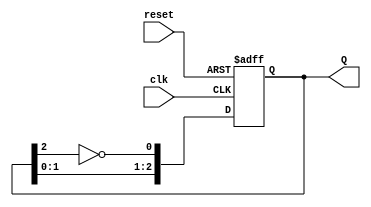
module JohnsonCounter #(parameter N = 3) (
    input wire clk,        // Clock signal
    input wire reset,      // Asynchronous reset signal
    output reg [N-1:0] Q   // Output state of the counter
);

    // Internal signal to hold the inverted output of the last flip-flop
    wire feedback;

    // Assign feedback as the inverted output of the last flip-flop
    assign feedback = ~Q[N-1];

    // Sequential logic for the Johnson counter
    always @(posedge clk or posedge reset) begin
        if (reset) begin
            Q <= 0;  // Reset all flip-flops to 0
        end else begin
            Q <= {Q[N-2:0], feedback};  // Shift left and insert feedback
        end
    end

endmodule